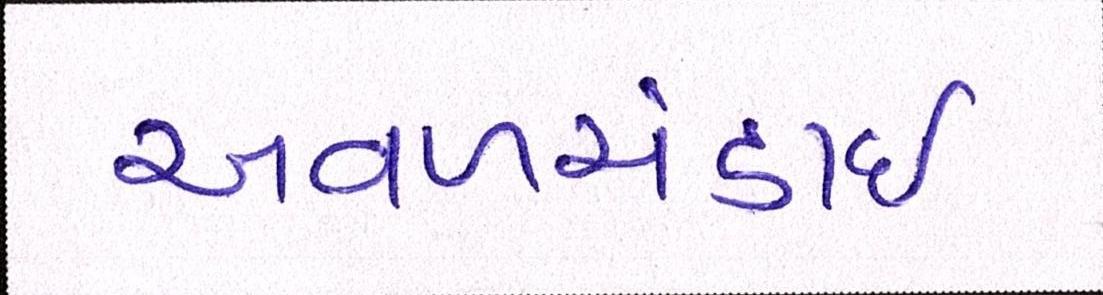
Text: અવળચંડાઇ